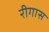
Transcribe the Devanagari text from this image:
रीगास